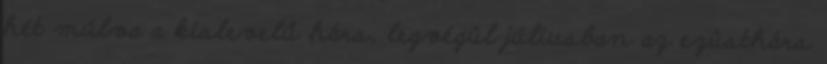
hét múlva a kislevelű hárs, legvégül júliusban az ezüsthárs